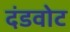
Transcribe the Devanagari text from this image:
दंडवोट